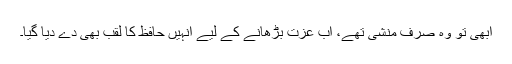
ابھی تو وہ صرف منشی تھے، اب عزت بڑھانے کے لیے انہیں حافظ کا لقب بھی دے دیا گیا۔